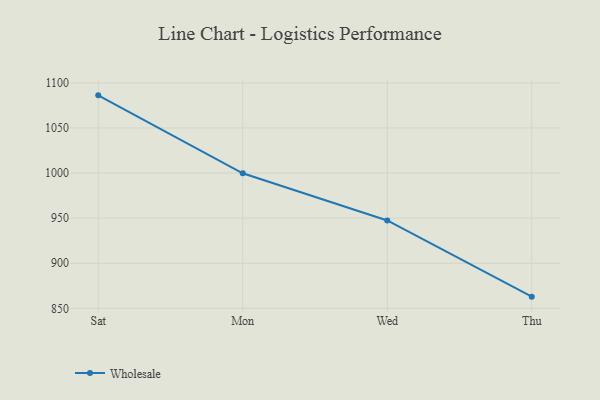
{"axis": {"x": "Day", "y": "Inventory Turnover"}, "legend": ["Wholesale"], "data": [{"x": "Sat", "y": 1086.2, "type": "Wholesale"}, {"x": "Mon", "y": 999.8, "type": "Wholesale"}, {"x": "Wed", "y": 947.5, "type": "Wholesale"}, {"x": "Thu", "y": 863.0, "type": "Wholesale"}]}